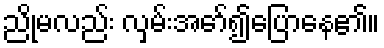
ညိုမလည်း လှမ်းအော်၍ပြောနေ၏။